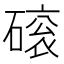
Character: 磙